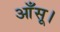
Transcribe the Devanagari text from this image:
आँसू।